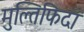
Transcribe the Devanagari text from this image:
मुल्तिफिदा